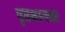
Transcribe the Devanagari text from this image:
पृष्ठभागवर